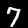
Digit: 7